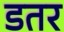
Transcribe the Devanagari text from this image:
डतर